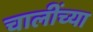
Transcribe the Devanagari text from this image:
चालींच्या